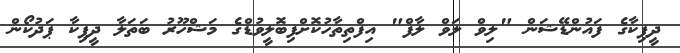
ދީޕިކާގެ ފައުންޑޭޝަން "ލިވް ލަވް ލާފް" އިފްތިތާހުކޮށްފިބޮލީވުޑްގެ މަޝްހޫރު ބަތަލާ ދީޕިކާ ޕަދުކޯން